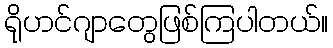
ရိုဟင်ဂျာတွေဖြစ်ကြပါတယ်။